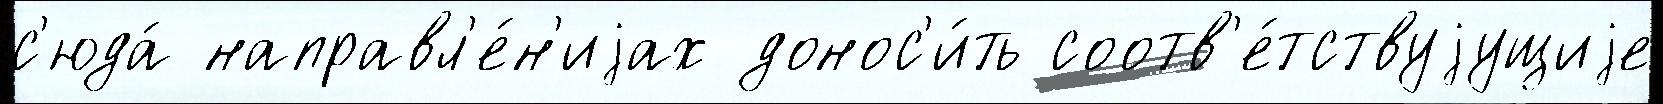
с'юда́ направл'е́н'иjах донос'и́ть соотв'е́тствуjущиjе